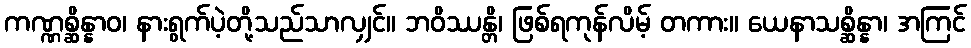
ကဏ္ဏစ္ဆိန္နာဝ၊ နားရွက်ပဲ့တို့သည်သာလျှင်။ ဘဝိဿန္တိ၊ ဖြစ်ရကုန်လိမ့် တကား။ ယေနာသစ္ဆိန္နာ၊ အကြင်